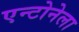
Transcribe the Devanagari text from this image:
एन्टोनेला